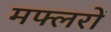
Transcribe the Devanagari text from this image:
मफ्लरों